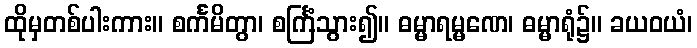
ထိုမှတစ်ပါးကား။ စင်္ကမိတွာ၊ စင်္ကြံသွား၍။ ဓမ္မာရမ္မဏေ၊ ဓမ္မာရုံ၌။ ခယဝယံ၊